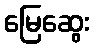
မြေဆွေး